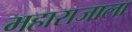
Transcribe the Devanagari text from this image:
महाराजाला